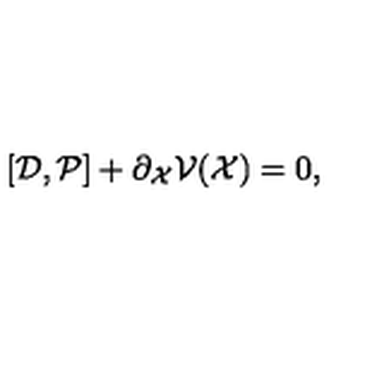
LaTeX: [ { \cal D } , { \cal P } ] + \partial _ { \cal X } { \cal V } ( { \cal X } ) = 0 ,